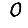
Digit: 0